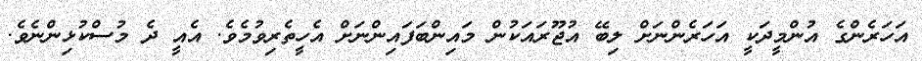
އަހަރެންގެ އުންމީދަކީ އަހަރެންނަށް ލިބޭ އުޖޫރައަކުން މައިންބަފައިންނަށް އެހީތެރިވުމެވެ. އެއީ ދެ މުސްކުޅިންނެވެ.